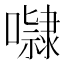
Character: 𭋺